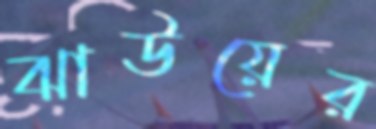
ঝাউয়ের